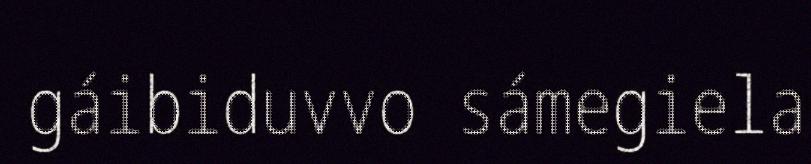
gáibiduvvo sámegiela